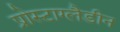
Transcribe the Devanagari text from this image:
प्रोस्टाग्लैडीन